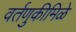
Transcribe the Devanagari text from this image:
वर्तणुकीमिळे